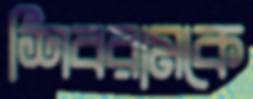
শিবরামকে